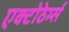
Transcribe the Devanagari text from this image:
एक्टोठेर्म्स